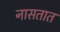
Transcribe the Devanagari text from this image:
नासतात